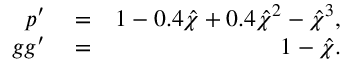
\begin{array} { r l r } { p ^ { \prime } } & { { } = } & { 1 - 0 . 4 \hat { \chi } + 0 . 4 \hat { \chi } ^ { 2 } - \hat { \chi } ^ { 3 } , } \\ { g g ^ { \prime } } & { { } = } & { 1 - \hat { \chi } . } \end{array}